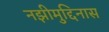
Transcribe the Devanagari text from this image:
नझीमुद्दिनास